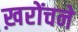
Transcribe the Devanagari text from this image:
ख़रोंचने